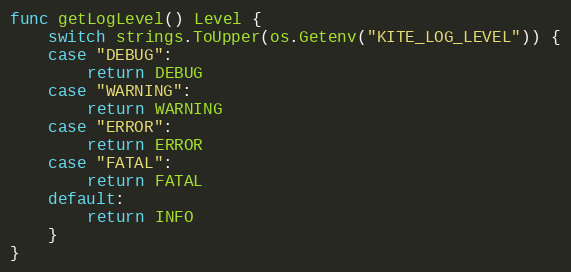
Language: Go
func getLogLevel() Level {
	switch strings.ToUpper(os.Getenv("KITE_LOG_LEVEL")) {
	case "DEBUG":
		return DEBUG
	case "WARNING":
		return WARNING
	case "ERROR":
		return ERROR
	case "FATAL":
		return FATAL
	default:
		return INFO
	}
}